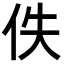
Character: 佚